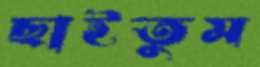
ছাইতুম